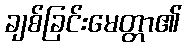
ချစ်ခြင်းမေတ္တာ၏